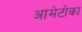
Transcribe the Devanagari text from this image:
आमेटोका